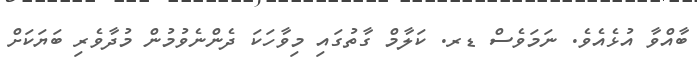
ބާއްވާ އުޅެއެވެ. ނަމަވެސް ޑރ. ކަލާމް ގާތުގައި މިވާހަކަ ދެންނެވުމުން މުދާވެރި ބަޔަކަށް